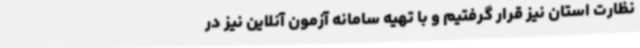
نظارت استان نیز قرار گرفتیم و با تهیه سامانه آزمون آنلاین نیز در